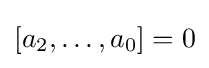
[a_{2},\ldots ,a_{0}]=0